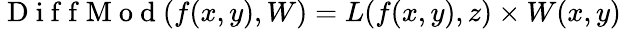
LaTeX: \mathrm{~D~i~f~f~M~o~d~}(f(x,y),W)=L(f(x,y),z)\times W(x,y)